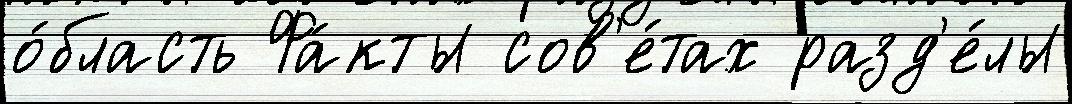
о́бласть Фа́кты сов'е́тах разд'е́лы